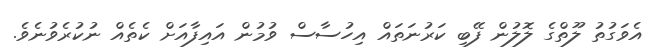
އެވަގުތު ލޫތްގެ ލޮލުން ފޭބި ކަރުނަތައް އިހުސާސް ވުމުން އައިފާއަށް ކެތެއް ނުކުރެވުނެވެ.